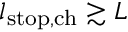
l _ { \mathrm { s t o p , c h } } \gtrsim L